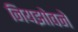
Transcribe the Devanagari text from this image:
नियझोवने